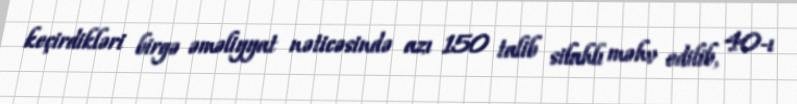
keçirdikləri birgə əməliyyat nəticəsində azı 150 talib silahlı məhv edilib, 40-ı